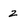
Character: z